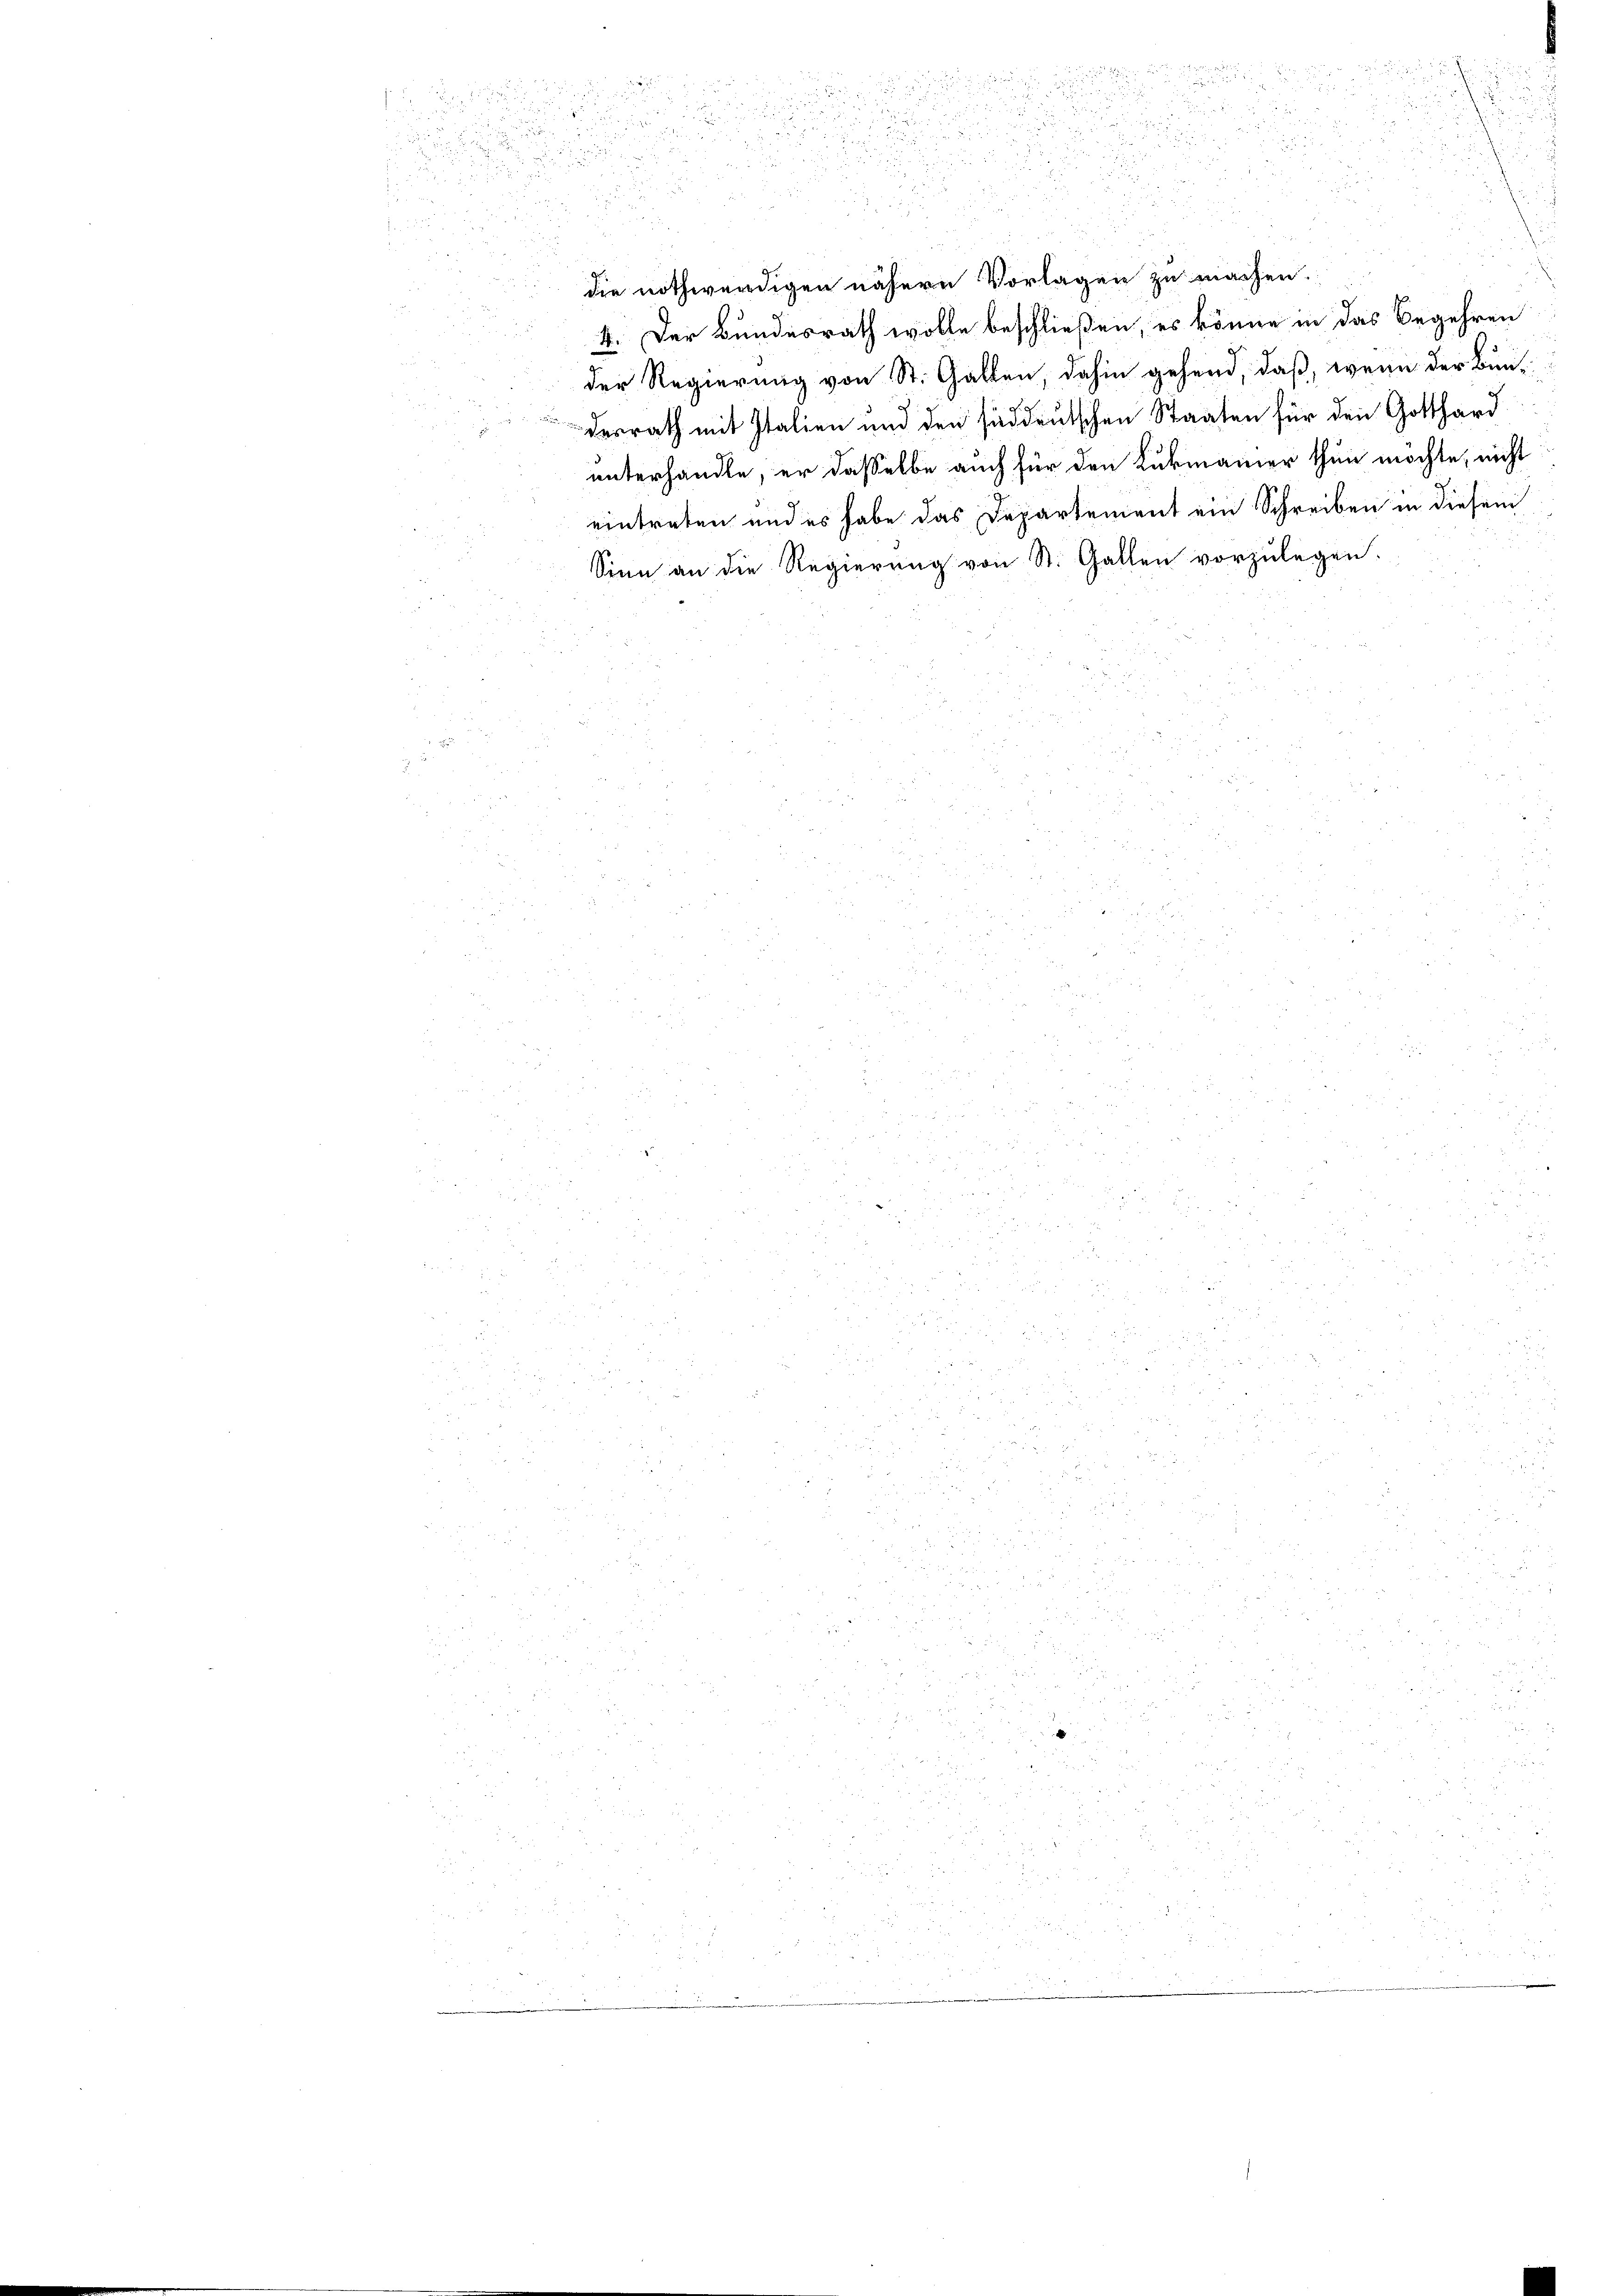
d

.
r
25

2
u

.
2

d
u

2

die nothwürdigen nähern Vorlagen zu machen.
4. Der Bundesrath wolle beschließen, es könne in das Begehren

der Regierung von St. Gatten, dahin gehend, daß, wenn der Bundesrath mit Italien und den süddeutschen Staaten für den Gotthard
unterhandle, er dasselbe auch für den Lukmanner thun möchte, nicht
eintreten und es habe das Departement ein Schreiben in diesem
Sinn an die Regierung von St. Gallen vorzulegen.

d
5 x
8
 1858.

.

r
2
 xx
5
2
u
2
n

e

3

.
din einge auch
u
xx

3
 x

d

 . . .

u

.

1
2